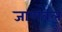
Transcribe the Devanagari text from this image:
जाणवलं